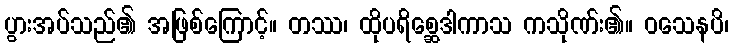
ပွားအပ်သည်၏ အဖြစ်ကြောင့်။ တဿ၊ ထိုပရိစ္ဆေဒါကာသ ကသိုဏ်း၏။ ဝသေနပိ၊